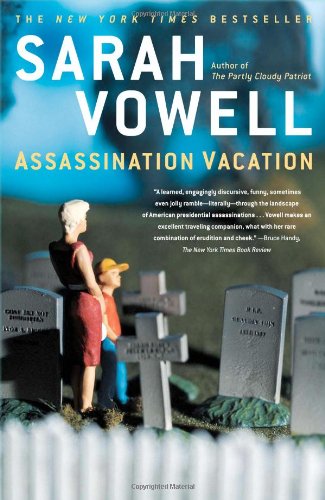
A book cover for Assassination Vacation; Sarah Vowell; Humor & Entertainment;